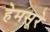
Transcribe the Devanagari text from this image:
हेमसूरे